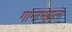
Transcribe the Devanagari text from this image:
गागाभट्टाला